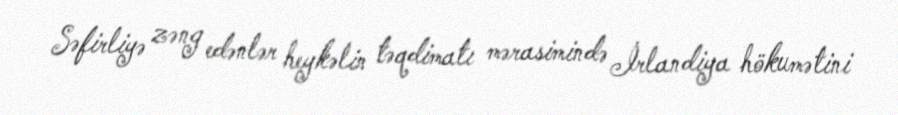
Səfirliyə zəng edənlər heykəlin təqdimatı mərasimində İrlandiya hökumətini